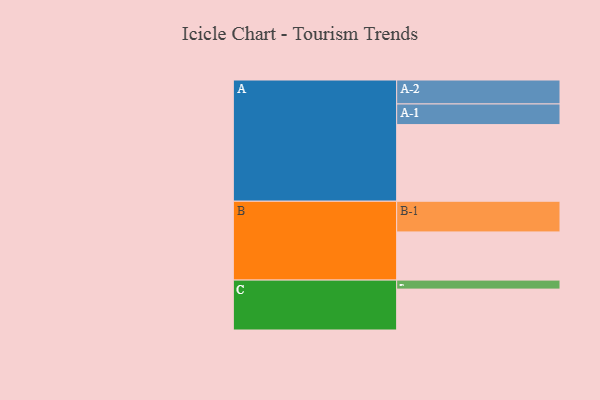
{"axis": {"x": "Segment", "y": "Value"}, "legend": ["", "A", "B", "C"], "data": [{"x": "A", "y": 579, "type": ""}, {"x": "B", "y": 364, "type": ""}, {"x": "C", "y": 309, "type": ""}, {"x": "A-1", "y": 156, "type": "A"}, {"x": "A-2", "y": 181, "type": "A"}, {"x": "B-1", "y": 232, "type": "B"}, {"x": "C-1", "y": 68, "type": "C"}]}